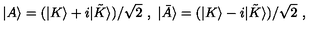
| A \rangle = ( | K \rangle + i | { \tilde { K } } \rangle ) / \sqrt { 2 } \ , \ | { \bar { A } } \rangle = ( | K \rangle - i | { \tilde { K } } \rangle ) / \sqrt { 2 } \ ,